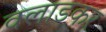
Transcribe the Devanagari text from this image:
वलाडकर